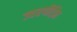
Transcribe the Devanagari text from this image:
ज्वरपीड़ित